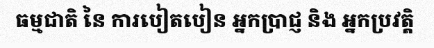
ធម្មជាតិ នៃ ការបៀតបៀន អ្នកប្រាជ្ញ និង អ្នកប្រវត្តិ